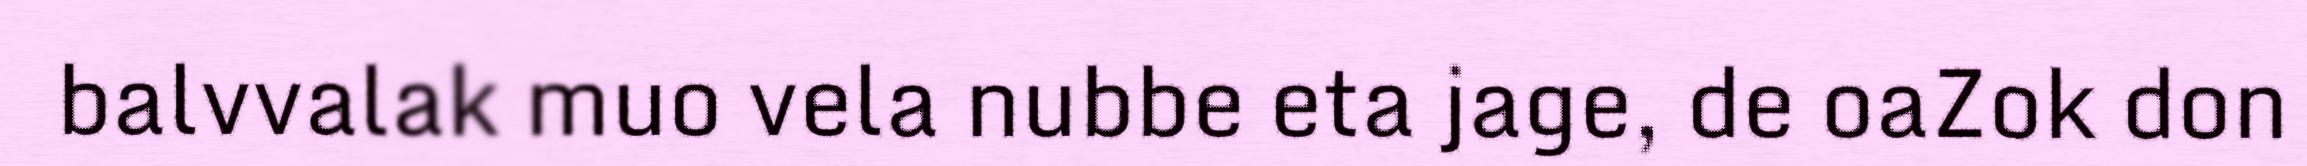
balvvalak muo vela nubbe eta jage, de oaZok don